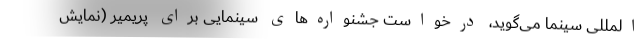
المللی سینما می‌گوید، درخواست جشنواره‌های سینمایی برای پریمیر (نمایش